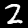
Label: 2